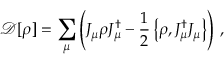
\mathcal { D } [ \rho ] = \sum _ { \mu } \left( J _ { \mu } \rho J _ { \mu } ^ { \dagger } - \frac { 1 } { 2 } \left\{ \rho , J _ { \mu } ^ { \dagger } J _ { \mu } \right\} \right) \, ,